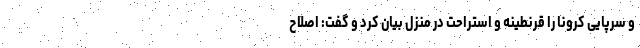
و سرپایی کرونا را قرنطینه و استراحت در منزل بیان کرد و گفت: اصلاح